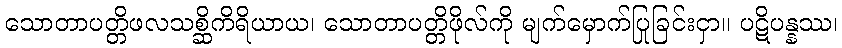
သောတာပတ္တိဖလသစ္ဆိကိရိယာယ၊ သောတာပတ္တိဖိုလ်ကို မျက်မှောက်ပြုခြင်းငှာ။ ပဋိပန္နဿ၊